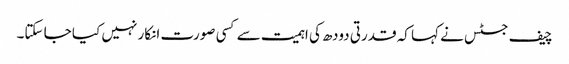
چیف جسٹس نے کہا کہ قدرتی دودھ کی اہمیت سے کسی صورت انکار نہیں کیا جا سکتا۔